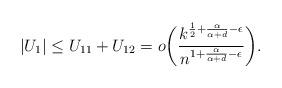
LaTeX: \begin{align*}|U_1| \leq U_{11} + U_{12} = o\biggl(\frac{k^{\frac{1}{2} + \frac{\alpha}{\alpha+d}-\epsilon}}{n^{1+\frac{\alpha}{\alpha+d}-\epsilon}}\biggr).\end{align*}